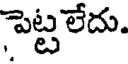
పెట్టలేదు.